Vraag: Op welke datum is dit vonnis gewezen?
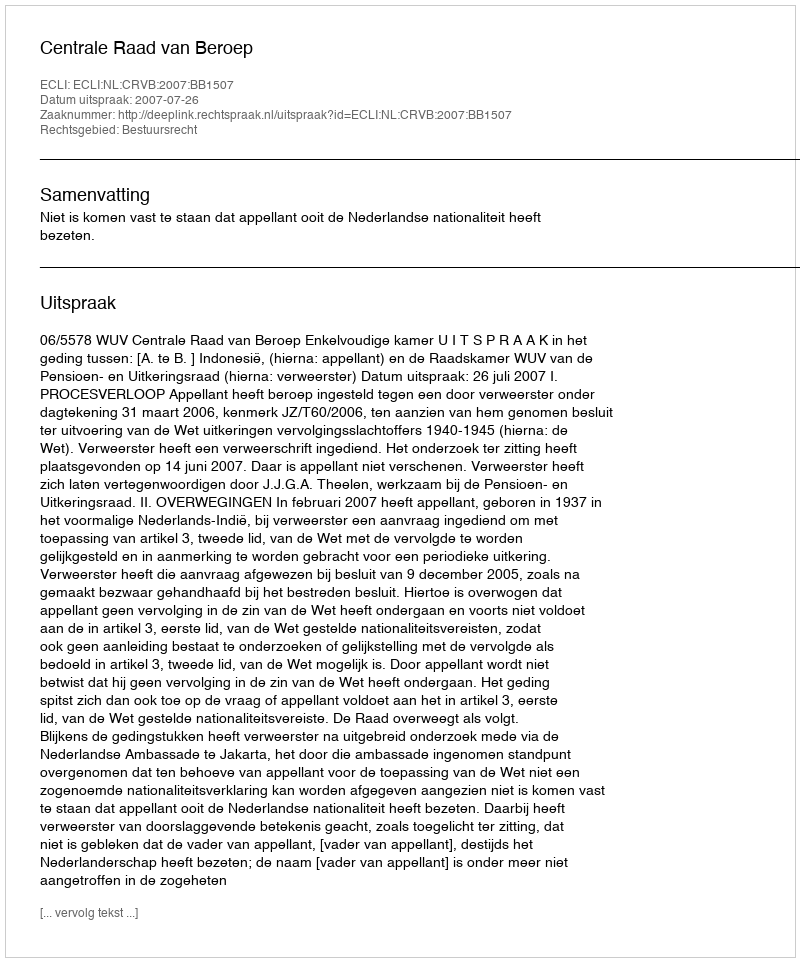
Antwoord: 2007-07-26